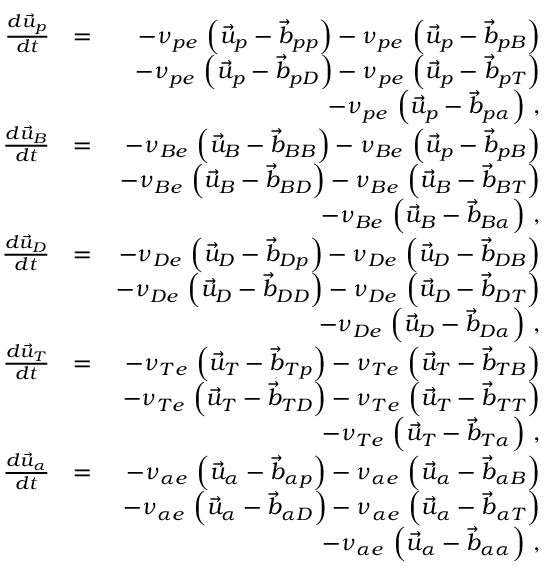
\begin{array} { r l r } { \frac { d \vec { u } _ { p } } { d t } } & { = } & { - \nu _ { p e } \, \left( \vec { u } _ { p } - \vec { b } _ { p p } \right) - \nu _ { p e } \, \left( \vec { u } _ { p } - \vec { b } _ { p B } \right) } \\ & { } & { - \nu _ { p e } \, \left( \vec { u } _ { p } - \vec { b } _ { p D } \right) - \nu _ { p e } \, \left( \vec { u } _ { p } - \vec { b } _ { p T } \right) } \\ & { } & { - \nu _ { p e } \, \left( \vec { u } _ { p } - \vec { b } _ { p \alpha } \right) \, , } \\ { \frac { d \vec { u } _ { B } } { d t } } & { = } & { - \nu _ { B e } \, \left( \vec { u } _ { B } - \vec { b } _ { B B } \right) - \nu _ { B e } \, \left( \vec { u } _ { p } - \vec { b } _ { p B } \right) } \\ & { } & { - \nu _ { B e } \, \left( \vec { u } _ { B } - \vec { b } _ { B D } \right) - \nu _ { B e } \, \left( \vec { u } _ { B } - \vec { b } _ { B T } \right) } \\ & { } & { - \nu _ { B e } \, \left( \vec { u } _ { B } - \vec { b } _ { B \alpha } \right) \, , } \\ { \frac { d \vec { u } _ { D } } { d t } } & { = } & { - \nu _ { D e } \, \left( \vec { u } _ { D } - \vec { b } _ { D p } \right) - \nu _ { D e } \, \left( \vec { u } _ { D } - \vec { b } _ { D B } \right) } \\ & { } & { - \nu _ { D e } \, \left( \vec { u } _ { D } - \vec { b } _ { D D } \right) - \nu _ { D e } \, \left( \vec { u } _ { D } - \vec { b } _ { D T } \right) } \\ & { } & { - \nu _ { D e } \, \left( \vec { u } _ { D } - \vec { b } _ { D \alpha } \right) \, , } \\ { \frac { d \vec { u } _ { T } } { d t } } & { = } & { - \nu _ { T e } \, \left( \vec { u } _ { T } - \vec { b } _ { T p } \right) - \nu _ { T e } \, \left( \vec { u } _ { T } - \vec { b } _ { T B } \right) } \\ & { } & { - \nu _ { T e } \, \left( \vec { u } _ { T } - \vec { b } _ { T D } \right) - \nu _ { T e } \, \left( \vec { u } _ { T } - \vec { b } _ { T T } \right) } \\ & { } & { - \nu _ { T e } \, \left( \vec { u } _ { T } - \vec { b } _ { T \alpha } \right) \, , } \\ { \frac { d \vec { u } _ { \alpha } } { d t } } & { = } & { - \nu _ { \alpha e } \, \left( \vec { u } _ { \alpha } - \vec { b } _ { \alpha p } \right) - \nu _ { \alpha e } \, \left( \vec { u } _ { \alpha } - \vec { b } _ { \alpha B } \right) } \\ & { } & { - \nu _ { \alpha e } \, \left( \vec { u } _ { \alpha } - \vec { b } _ { \alpha D } \right) - \nu _ { \alpha e } \, \left( \vec { u } _ { \alpha } - \vec { b } _ { \alpha T } \right) } \\ & { } & { - \nu _ { \alpha e } \, \left( \vec { u } _ { \alpha } - \vec { b } _ { \alpha \alpha } \right) \, , } \end{array}